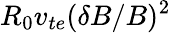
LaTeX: R_{0}v_{te}(\delta B/B)^{2}